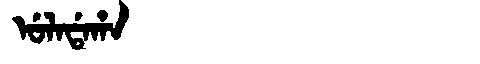
Manchu: ᡠᠯᠠᡩᠠᡥᠠ
Romanization: ULADAHA